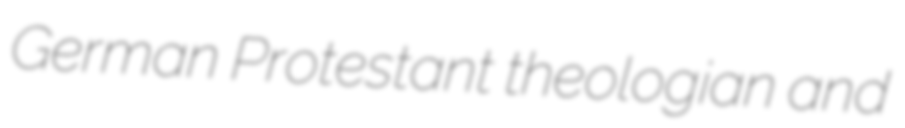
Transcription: German Protestant theologian and